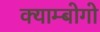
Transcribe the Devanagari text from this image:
क्याम्बोगो